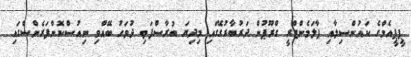
ޕީޕީއެމްގެ ކައުންސިލާއި ޕާލަމެންޓްރީ ގްރޫޕުން ދަރުބާރުގޭގައި މިދިޔަ ބުރާސްފަތި ދުވަހު ބޭއްވި ނިއުސްކޮންފަރެންސްގައި